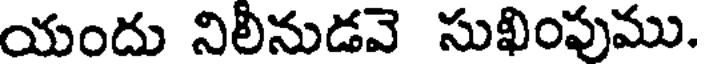
యందు నిలీనుడవె సుఖింపుము.